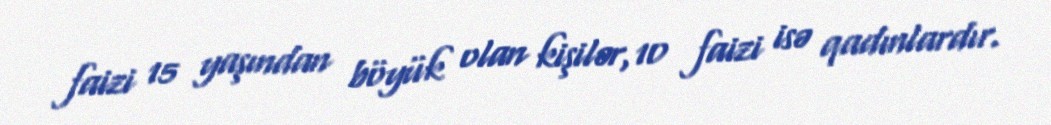
faizi 15 yaşından böyük olan kişilər,10 faizi isə qadınlardır.